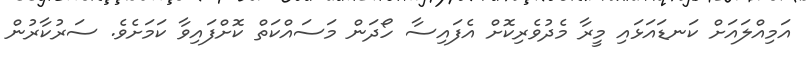
އަމިއްލައަށް ކަނޑައަޅައި މީރާ މެދުވެރިކޮށް އެފައިސާ ހޯދަން މަސައްކަތް ކޮށްފައިވާ ކަމަށެވެ. ސަރުކާރުން